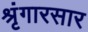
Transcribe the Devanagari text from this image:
श्रृंगारसार